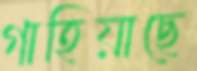
গাহিয়াছে